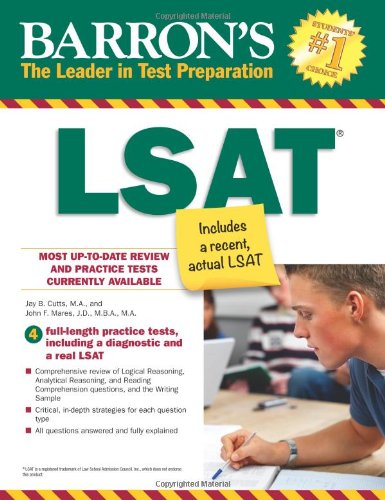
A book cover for Barron's LSAT (Barron's How to Prepare for the LSAT, Law School Admission T); Jay B. Cutts M.A.; Test Preparation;